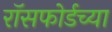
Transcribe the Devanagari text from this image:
रॉसफोर्डच्या